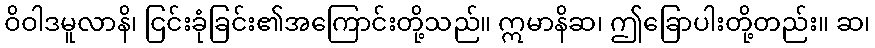
ဝိဝါဒမူလာနိ၊ ငြင်းခုံခြင်း၏အကြောင်းတို့သည်။ ဣမာနိဆ၊ ဤခြောပါးတို့တည်း။ ဆ၊